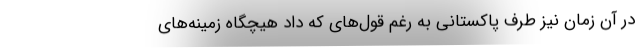
در آن زمان نیز طرف پاکستانی به رغم قول‌های که داد هیچگاه زمینه‌های